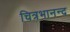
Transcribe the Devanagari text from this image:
चित्रभानन्द